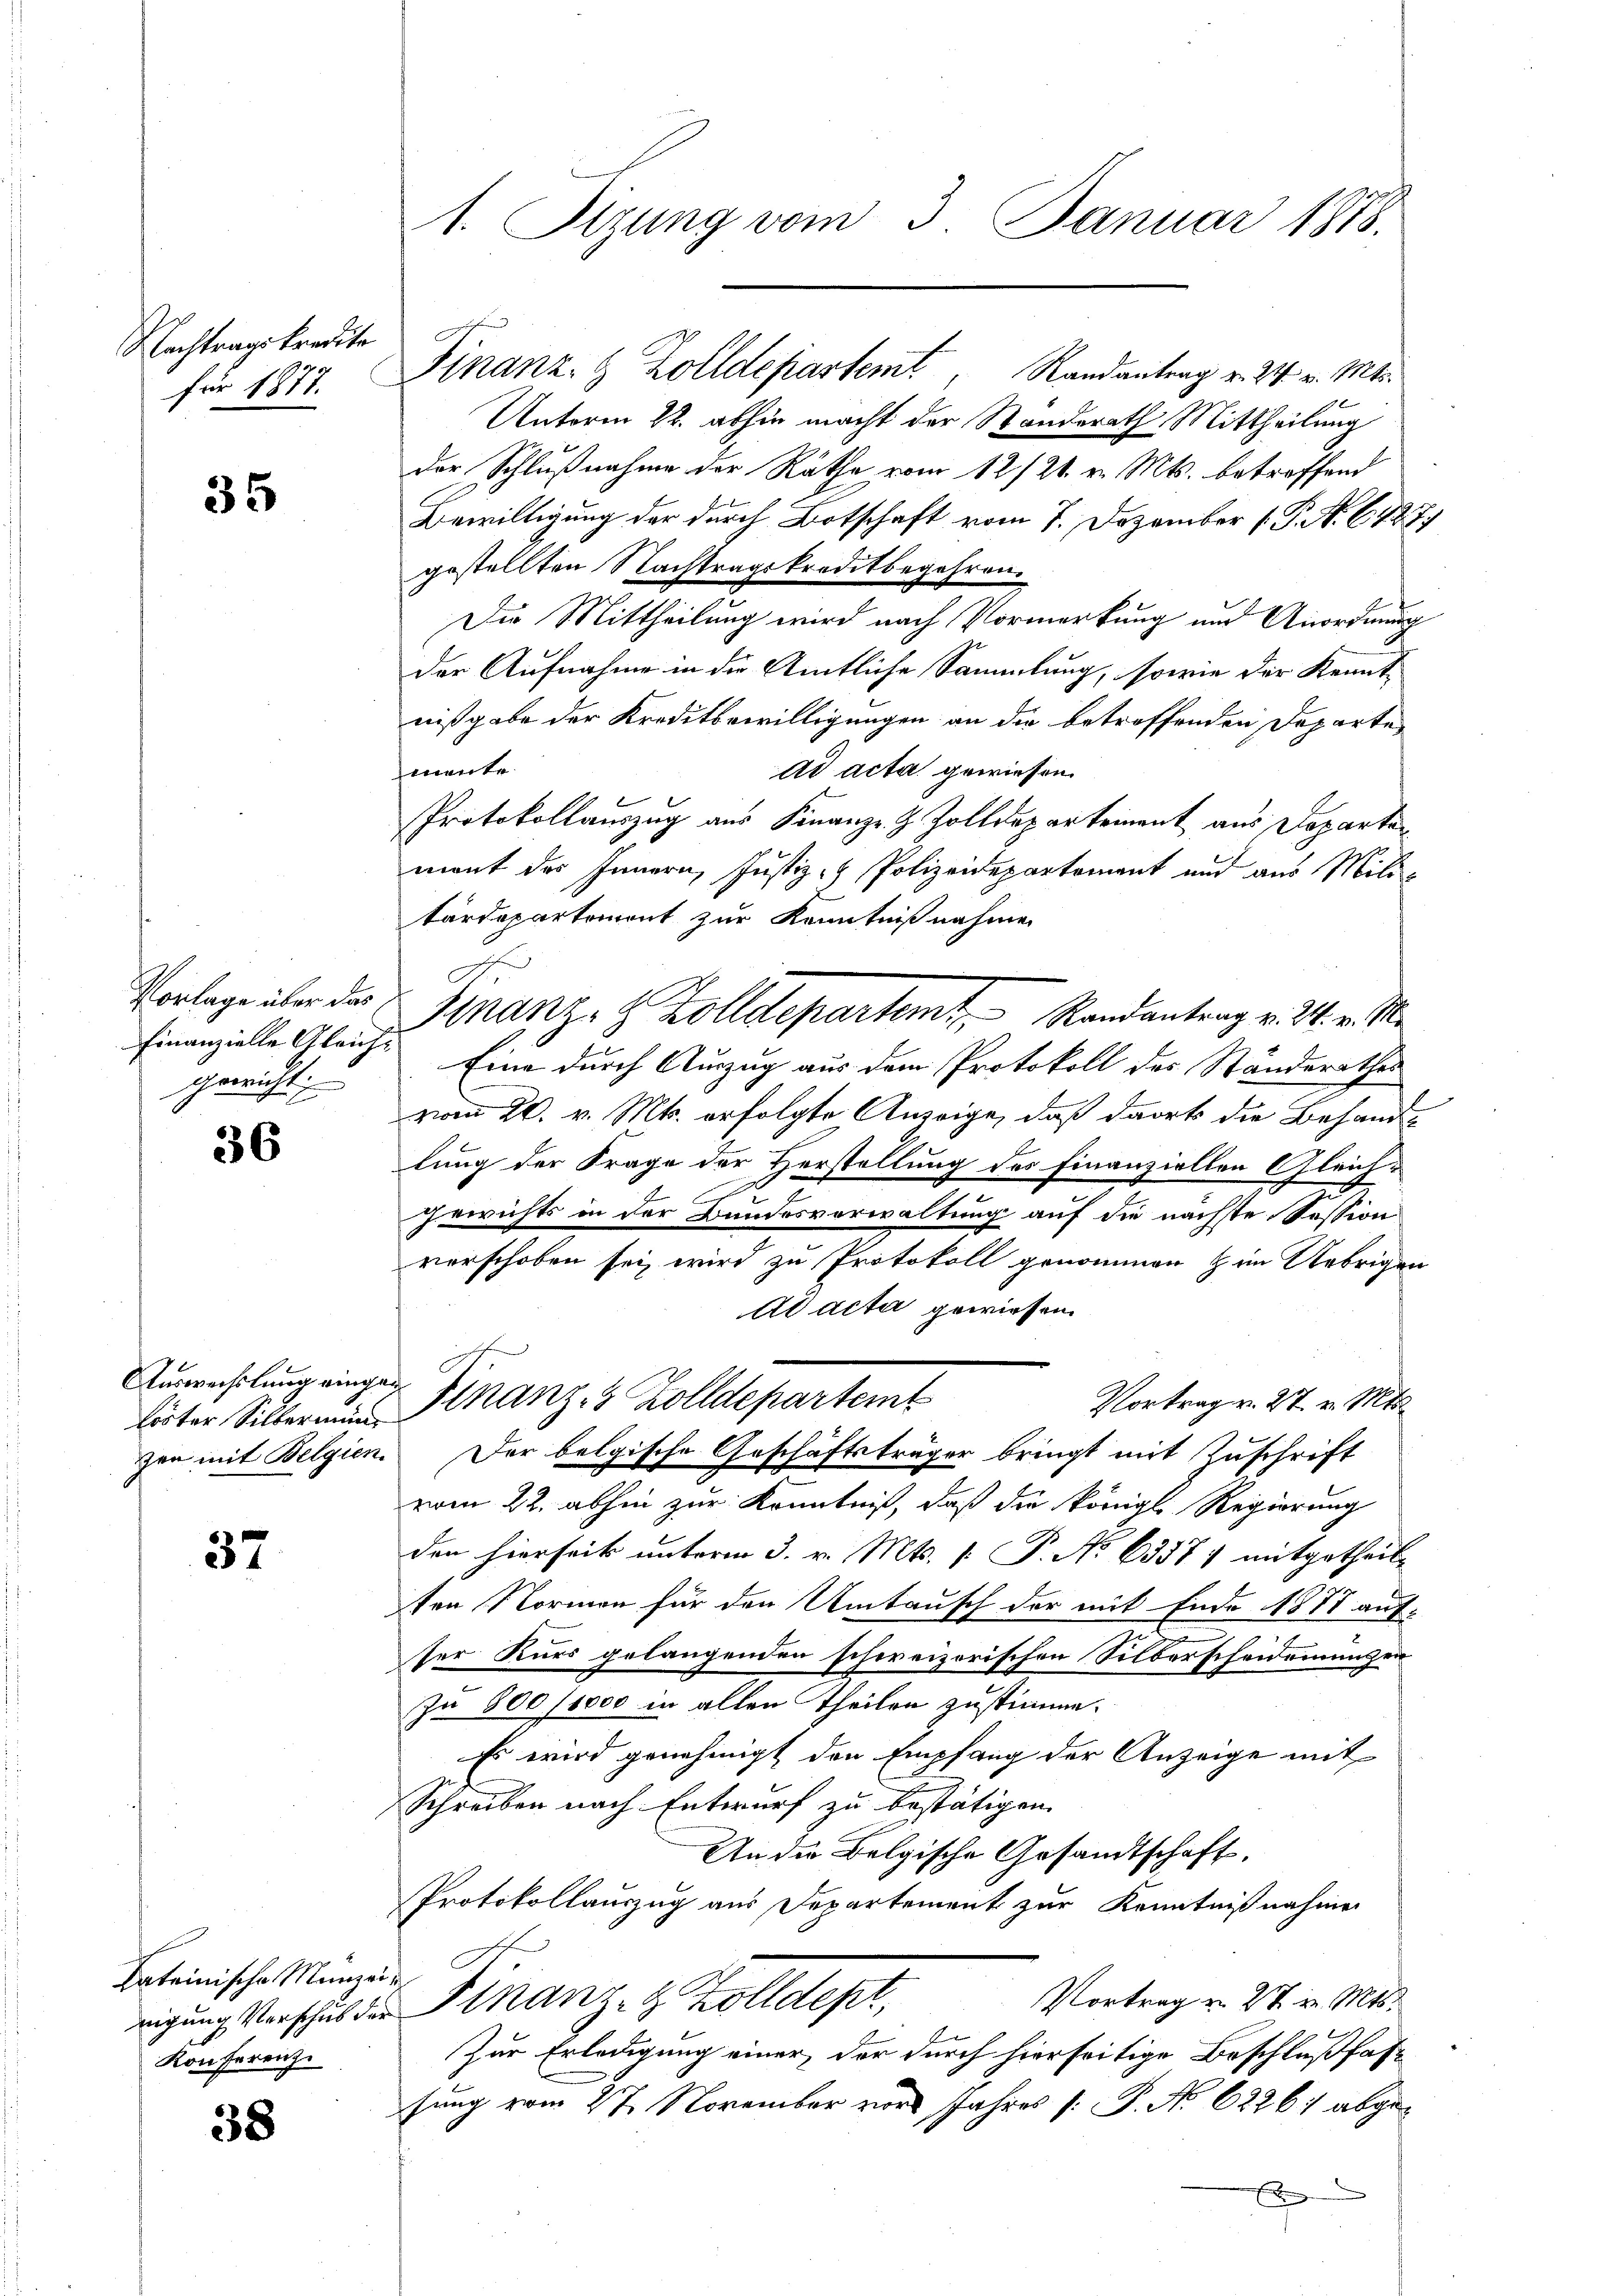
Nachtragskredite
für 1877.

35

Vorlage über das
Finanzielle Gleich-
gericht

36

Auswechslung einge¬

37

Lateinische Munzei
nigung Verschub der
Konferenze

38

1. Sizung vom 3. Januar 1818.

Unterm 22. abhin macht der Standerath Mittheilung
der Schlußnahme der Räthe vom 12/21. v. Mts. betreffend
Bewilligung der durch Botschaft vom 7. Dezember 1 P. Nr. 642
gestellten Nachtragskreditbegehren.
Die Mittheilung wird nach Vormerkung und Anordnung
der Aufnahme in die Amtliche Sammlung, sowie der Kennt
nißgabe der Kreditbewilligungen an die betreffenden Departe
mente.
ad acta gewiesen.
Protokollauszug aus Finanze Z. Zolldepartement aus Departen
mont des Innern, Justiz- & Polizeidepartement und aus Mili-
tärdepartement zur Kenntnißnahme
Eine durch Auszug aus dem Protokoll des Ständerathes
vom 20. v. Mts. erfolgte Anzeige, daß dort die Behandlung der Frage der Herstellung des Finanziellen Gleich¬
A
gewichts in der Bundesverwaltung auf die nächste Session
verschoben sei, wird zu Protokoll genommen zum Uebriger
Ad acta gewiesen.
Vortrag v. 27. v. Mts.
löster Silber man Finanz- 3 Zolldepartemt
zen mit Belgien. Der belgische Geschäftsträger bringt mit Zuschrift
vom 22. abhin zur Kenntniß, daß die Königl. Regierung
den hierseits unterm 3. v. Mts. 1. P. No 63357) mitgetheil
ten Normen für den Umtausch der mit Ende 1878 auf-
ser Kurs gelangenden schweizerischen Silberscheiderungen
zu 800/1000 in allen Theilen zustimme.
Es wird genehmigt den Empfang der Anzeige mit
Schreiben nach Entwurf zu bestätigen.
An die Belgische Gesandtschaft.
Protokollauszug aus Departement zur Kenntnißnahmen
Vortrag u. 27. v. Mts.
Finanz- & Zolldept,
Zur Erledigung einer, der durch hierseitige Beschlußfassung vom 27. November vor Jahres P. No 62261 abge¬

Finanz- & Zolldepartemt, Randantrag v. 24. v. Mts.

Finanz- & Zolldepartemt Randantrag v. 26. v. M.